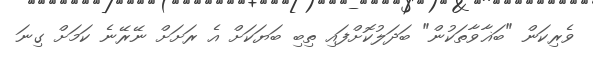
ވެރިކަން "ބަޣާވާތަކުން" ބަދަލުކޮށްފައި ތިބި ބަޔަކަށް އެ ރަށަށް ނޭރޭނެ ކަމަށް ގިނަ